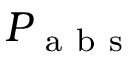
P _ { \mathrm { ~ a ~ b ~ s ~ } }